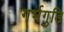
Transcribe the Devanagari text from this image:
गर्भगुडि